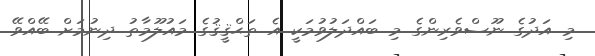
މި އަދުގެ ނޫސްވެރިންގެ މި ބައްދަލުވުމަކީ އެ ތަޙްޤީޤުގެ މައުލޫމާތު ދިނުމަށް ބޭއްވޭ